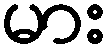
မား